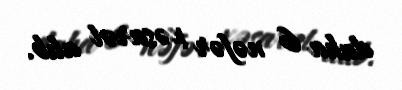
daha 6 nəfər xəsarət alıb.